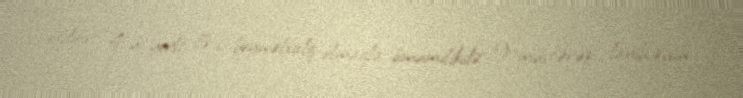
etdirir: “4-ü yerli, 5-i beynəlxalq olmaqla ümumilikdə 9 müştərək layihənin